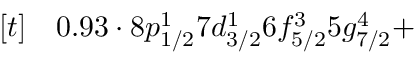
\begin{array} { r l } { [ t ] } & { { } 0 . 9 3 \cdot 8 p _ { 1 / 2 } ^ { 1 } 7 d _ { 3 / 2 } ^ { 1 } 6 f _ { 5 / 2 } ^ { 3 } 5 g _ { 7 / 2 } ^ { 4 } + } \end{array}